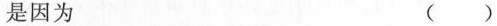
是因为 ( )